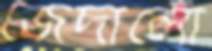
জেদালো